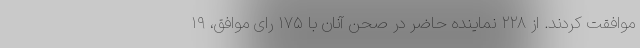
موافقت کردند. از ۲۲۸ نماینده حاضر در صحن آنان با ۱۷۵ رای موافق، ۱۹